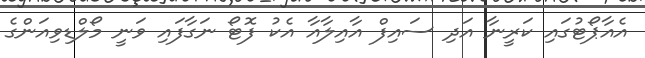
އެއާޕޯޓުގައި ކަރީނާ އަދި ސައިފް އާއިލާއާ އެކު ފޮޓޯ ނަގާފައި ވަނީ މޯލްޑިވިއަންގެ